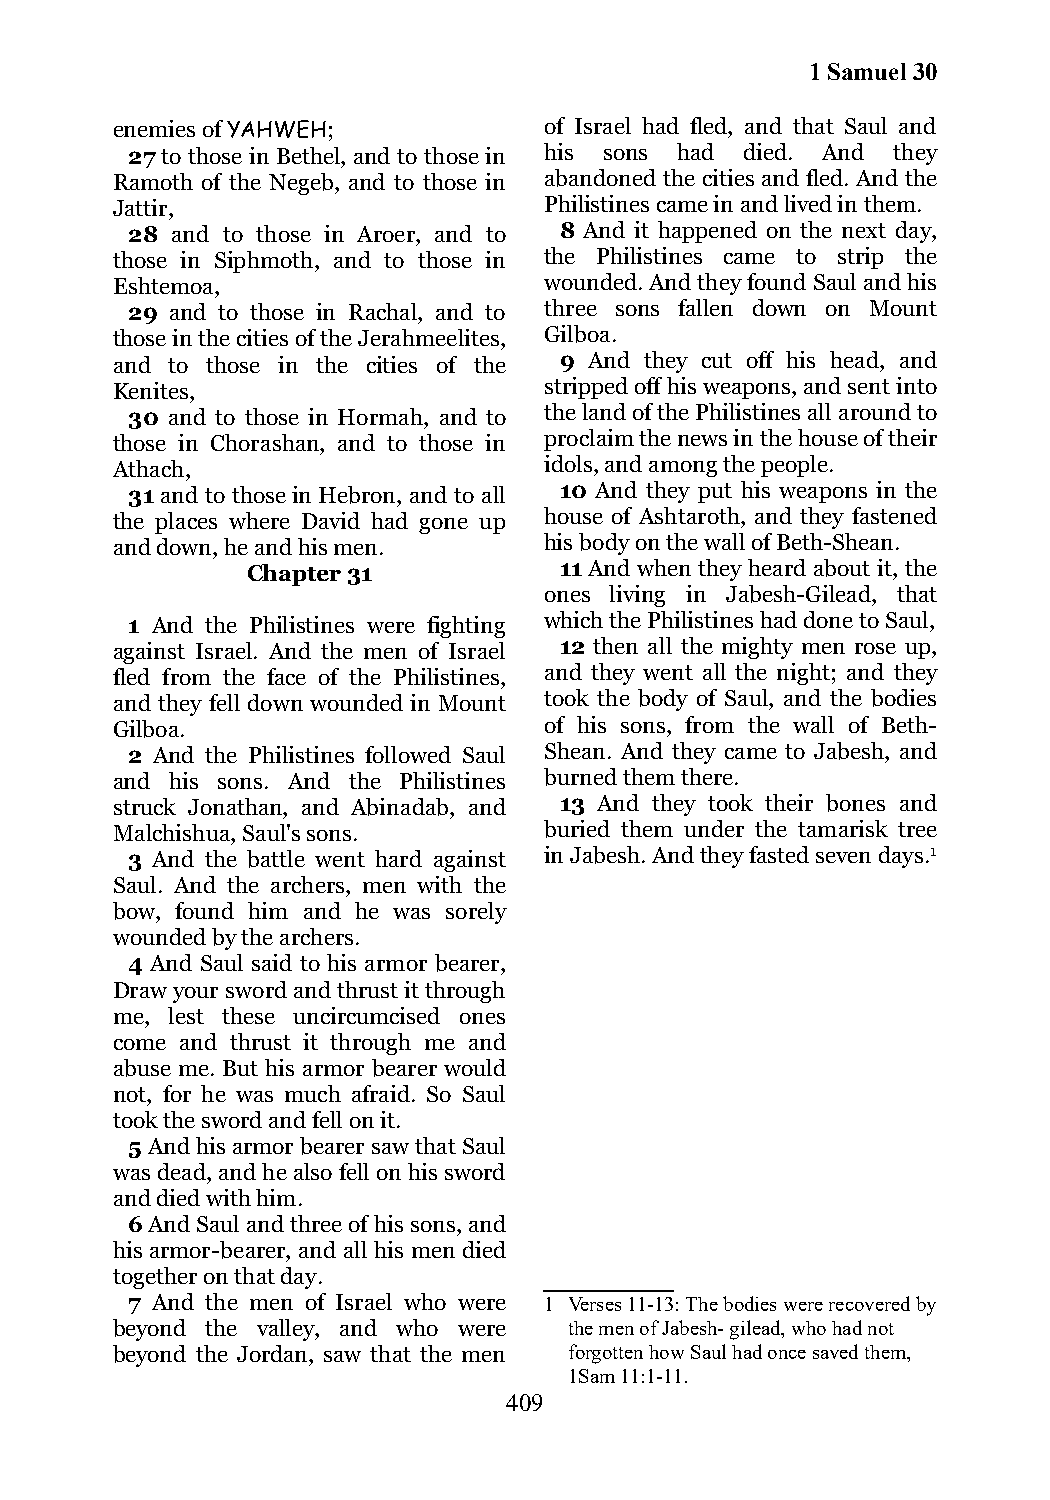
1 Samuel 30
 enemies of YAHWEH;           of Israel had fled, and that Saul and
 27 to those in Bethel, and to those in his sons had died. And they
 Ramoth of the Negeb, and to those in abandoned the cities and fled. And the
 Jattir,                      Philistines came in and lived in them.
 28 and to those in Aroer, and to 8 And it happened on the next day,
 those in Siphmoth, and to those in the Philistines came to strip the
 Eshtemoa,                    wounded. And they found Saul and his
 29 and to those in Rachal, and to three sons fallen down on Mount
 those in the cities of the Jerahmeelites, Gilboa.
 and to those in the cities of the 9 And they cut off his head, and
 Kenites,                     stripped off his weapons, and sent into
 30 and to those in Hormah, and to the land of the Philistines all around to
 those in Chorashan, and to those in proclaim the news in the house of their
 Athach,                      idols, and among the people.
 31 and to those in Hebron, and to all 10 And they put his weapons in the
 the places where David had gone up house of Ashtaroth, and they fastened
 and down, he and his men.    his body on the wall of Beth-Shean.
 Chapter 31           11 And when they heard about it, the
 ones living in Jabesh-Gilead, that
 1 And the Philistines were fighting which the Philistines had done to Saul,
 against Israel. And the men of Israel 12 then all the mighty men rose up,
 fled from the face of the Philistines, and they went all the night; and they
 and they fell down wounded in Mount took the body of Saul, and the bodies
 Gilboa.                      of his sons, from the wall of Beth-
 2 And the Philistines followed Saul Shean. And they came to Jabesh, and
 and his sons. And the Philistines burned them there.
 struck Jonathan, and Abinadab, and 13 And they took their bones and
 Malchishua, Saul's sons.     buried them under the tamarisk tree
 3 And the battle went hard against in Jabesh. And they fasted seven days.1
 Saul. And the archers, men with the
 bow, found him and he was sorely
 wounded by the archers.
 4 And Saul said to his armor bearer,
 Draw your sword and thrust it through
 me, lest these uncircumcised ones
 come and thrust it through me and
 abuse me. But his armor bearer would
 not, for he was much afraid. So Saul
 took the sword and fell on it.
 5 And his armor bearer saw that Saul
 was dead, and he also fell on his sword
 and died with him.
 6 And Saul and three of his sons, and
 his armor-bearer, and all his men died
 together on that day.
 7 And the men of Israel who were 1 Verses 11-13: The bodies were recovered by
 beyond the valley, and who were the men of Jabesh- gilead, who had not
 beyond the Jordan, saw that the men forgotten how Saul had once saved them,
 1Sam 11:1-11.
 409